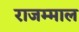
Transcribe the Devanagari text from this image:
राजम्माल